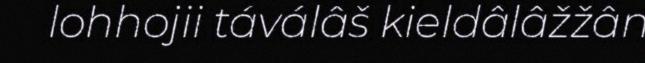
lohhojii táválâš kieldâlâžžân